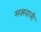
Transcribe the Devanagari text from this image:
मक्खाली